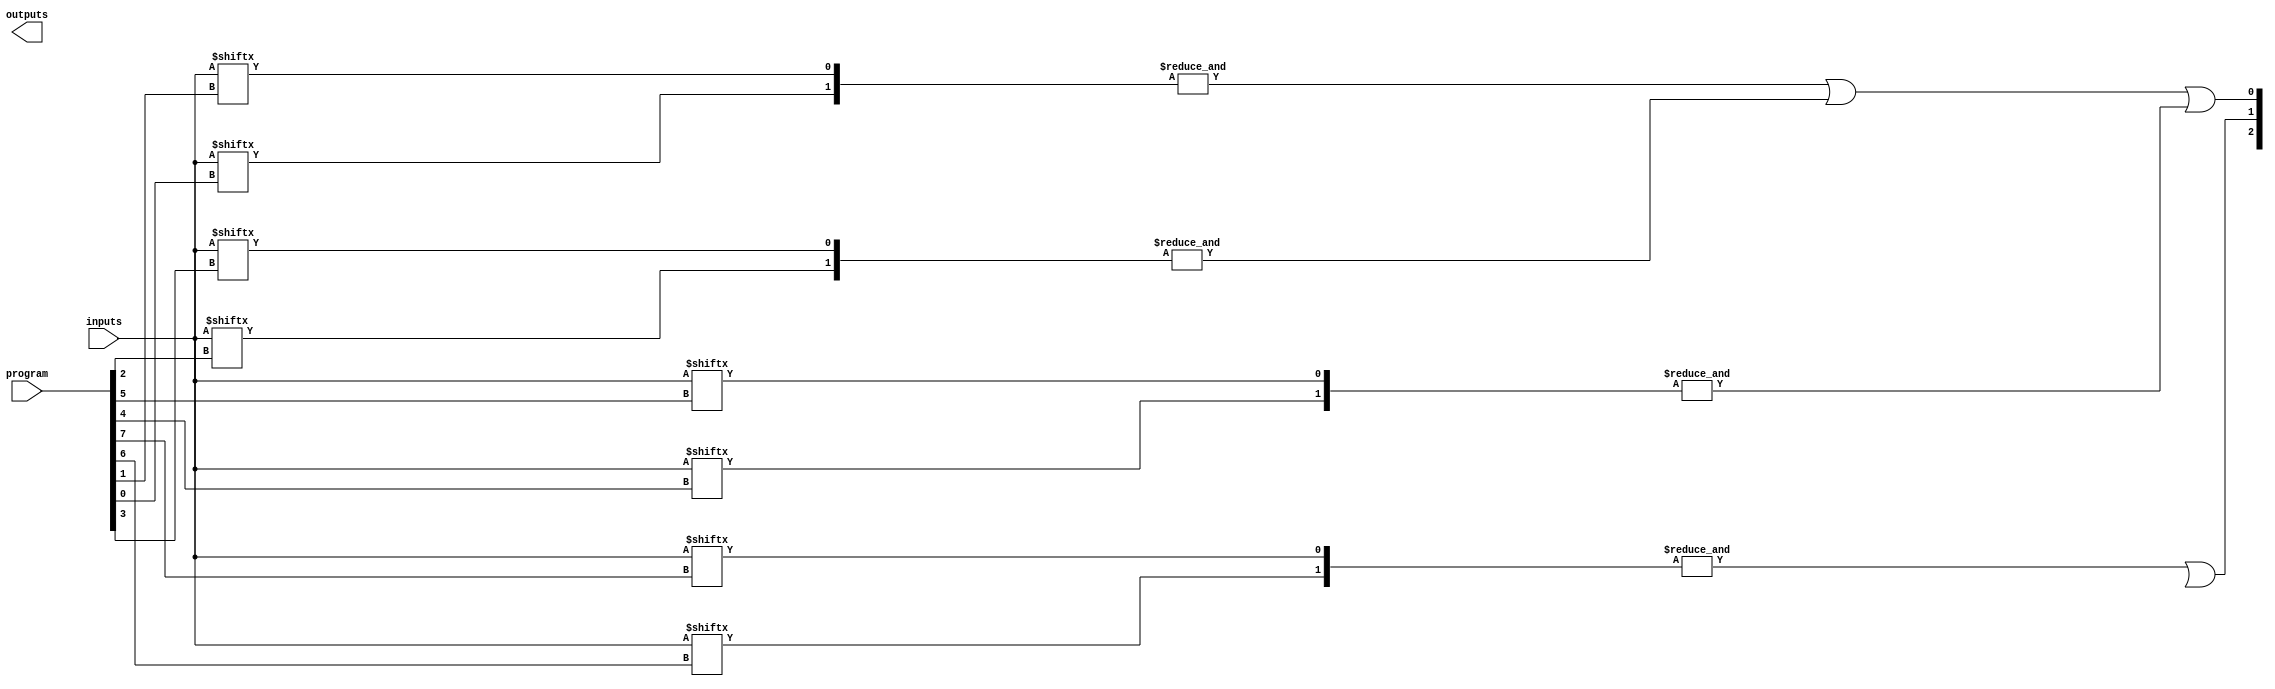
module jewel_pal (
    input wire [N-1:0] inputs,  // N input signals
    input wire [M-1:0] program,  // M programmable connections
    output wire [P-1:0] outputs   // P output signals
);

// Parameters for the number of inputs, AND gates, and outputs
parameter N = 4; // Number of inputs
parameter M = 8; // Number of AND gates
parameter P = 3; // Number of outputs

// Internal wires for AND gate outputs
wire [M-1:0] and_out;

// Programmable AND array
genvar i, j;
generate
    for (i = 0; i < M; i = i + 1) begin : and_array
        // Each AND gate is configured based on the program input
        assign and_out[i] = &({inputs[program[i*2]], inputs[program[i*2 + 1]]});
    end
endgenerate

// Fixed OR array
assign outputs[0] = and_out[0] | and_out[1] | and_out[2]; // Output 0
assign outputs[1] = and_out[3] | and_out[4];             // Output 1
assign outputs[2] = and_out[5] | and_out[6] | and_out[7]; // Output 2

endmodule